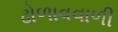
ઢોળાવવાળી